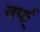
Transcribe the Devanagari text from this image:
बर्फ्